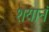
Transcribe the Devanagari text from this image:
शयानं